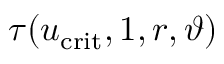
\tau ( u _ { \mathrm { c r i t } } , 1 , r , \vartheta )